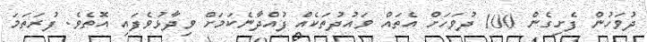
ދުވަހުން ފެށިގެން 100 ދުވަހަށް އެތައް ވައުދުތަކެއް ފުއްްދާނެކަމަށް ވިދާޅުވެފައި އޮތެވެ. ފުރަތަމަ